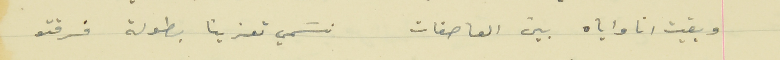
وبقيت انا واياه بين العاصفات                    نسَمي تعزينا بطولة فرقتو